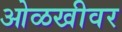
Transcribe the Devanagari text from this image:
ओळखीवर